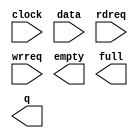
// megafunction wizard: %FIFO%VBB%
// GENERATION: STANDARD
// VERSION: WM1.0
// MODULE: scfifo 

// ============================================================
// Megafunction Name(s):
// 			scfifo
//
// Simulation Library Files(s):
// 			altera_mf
// ============================================================
// ************************************************************
// THIS IS A WIZARD-GENERATED FILE. DO NOT EDIT THIS FILE!
//
// 19.1.0 Build 670 09/22/2019 Patches 0.02std SJ Lite Edition
// ************************************************************

//Copyright (C) 2019  Intel Corporation. All rights reserved.
//Your use of Intel Corporation's design tools, logic functions 
//and other software and tools, and any partner logic 
//functions, and any output files from any of the foregoing 
//(including device programming or simulation files), and any 
//associated documentation or information are expressly subject 
//to the terms and conditions of the Intel Program License 
//Subscription Agreement, the Intel Quartus Prime License Agreement,
//the Intel FPGA IP License Agreement, or other applicable license
//agreement, including, without limitation, that your use is for
//the sole purpose of programming logic devices manufactured by
//Intel and sold by Intel or its authorized distributors.  Please
//refer to the applicable agreement for further details, at
//https://fpgasoftware.intel.com/eula.

module monitor_command_fifo (
	clock,
	data,
	rdreq,
	wrreq,
	empty,
	full,
	q);

	input	  clock;
	input	[31:0]  data;
	input	  rdreq;
	input	  wrreq;
	output	  empty;
	output	  full;
	output	[31:0]  q;

endmodule

// ============================================================
// CNX file retrieval info
// ============================================================
// Retrieval info: PRIVATE: AlmostEmpty NUMERIC "0"
// Retrieval info: PRIVATE: AlmostEmptyThr NUMERIC "-1"
// Retrieval info: PRIVATE: AlmostFull NUMERIC "0"
// Retrieval info: PRIVATE: AlmostFullThr NUMERIC "-1"
// Retrieval info: PRIVATE: CLOCKS_ARE_SYNCHRONIZED NUMERIC "1"
// Retrieval info: PRIVATE: Clock NUMERIC "0"
// Retrieval info: PRIVATE: Depth NUMERIC "256"
// Retrieval info: PRIVATE: Empty NUMERIC "1"
// Retrieval info: PRIVATE: Full NUMERIC "1"
// Retrieval info: PRIVATE: INTENDED_DEVICE_FAMILY STRING "Cyclone V"
// Retrieval info: PRIVATE: LE_BasedFIFO NUMERIC "0"
// Retrieval info: PRIVATE: LegacyRREQ NUMERIC "1"
// Retrieval info: PRIVATE: MAX_DEPTH_BY_9 NUMERIC "0"
// Retrieval info: PRIVATE: OVERFLOW_CHECKING NUMERIC "0"
// Retrieval info: PRIVATE: Optimize NUMERIC "2"
// Retrieval info: PRIVATE: RAM_BLOCK_TYPE NUMERIC "0"
// Retrieval info: PRIVATE: SYNTH_WRAPPER_GEN_POSTFIX STRING "1"
// Retrieval info: PRIVATE: UNDERFLOW_CHECKING NUMERIC "0"
// Retrieval info: PRIVATE: UsedW NUMERIC "0"
// Retrieval info: PRIVATE: Width NUMERIC "32"
// Retrieval info: PRIVATE: dc_aclr NUMERIC "0"
// Retrieval info: PRIVATE: diff_widths NUMERIC "0"
// Retrieval info: PRIVATE: msb_usedw NUMERIC "0"
// Retrieval info: PRIVATE: output_width NUMERIC "32"
// Retrieval info: PRIVATE: rsEmpty NUMERIC "1"
// Retrieval info: PRIVATE: rsFull NUMERIC "0"
// Retrieval info: PRIVATE: rsUsedW NUMERIC "0"
// Retrieval info: PRIVATE: sc_aclr NUMERIC "0"
// Retrieval info: PRIVATE: sc_sclr NUMERIC "0"
// Retrieval info: PRIVATE: wsEmpty NUMERIC "0"
// Retrieval info: PRIVATE: wsFull NUMERIC "1"
// Retrieval info: PRIVATE: wsUsedW NUMERIC "0"
// Retrieval info: LIBRARY: altera_mf altera_mf.altera_mf_components.all
// Retrieval info: CONSTANT: ADD_RAM_OUTPUT_REGISTER STRING "OFF"
// Retrieval info: CONSTANT: INTENDED_DEVICE_FAMILY STRING "Cyclone V"
// Retrieval info: CONSTANT: LPM_NUMWORDS NUMERIC "256"
// Retrieval info: CONSTANT: LPM_SHOWAHEAD STRING "OFF"
// Retrieval info: CONSTANT: LPM_TYPE STRING "scfifo"
// Retrieval info: CONSTANT: LPM_WIDTH NUMERIC "32"
// Retrieval info: CONSTANT: LPM_WIDTHU NUMERIC "8"
// Retrieval info: CONSTANT: OVERFLOW_CHECKING STRING "ON"
// Retrieval info: CONSTANT: UNDERFLOW_CHECKING STRING "ON"
// Retrieval info: CONSTANT: USE_EAB STRING "ON"
// Retrieval info: USED_PORT: clock 0 0 0 0 INPUT NODEFVAL "clock"
// Retrieval info: USED_PORT: data 0 0 32 0 INPUT NODEFVAL "data[31..0]"
// Retrieval info: USED_PORT: empty 0 0 0 0 OUTPUT NODEFVAL "empty"
// Retrieval info: USED_PORT: full 0 0 0 0 OUTPUT NODEFVAL "full"
// Retrieval info: USED_PORT: q 0 0 32 0 OUTPUT NODEFVAL "q[31..0]"
// Retrieval info: USED_PORT: rdreq 0 0 0 0 INPUT NODEFVAL "rdreq"
// Retrieval info: USED_PORT: wrreq 0 0 0 0 INPUT NODEFVAL "wrreq"
// Retrieval info: CONNECT: @clock 0 0 0 0 clock 0 0 0 0
// Retrieval info: CONNECT: @data 0 0 32 0 data 0 0 32 0
// Retrieval info: CONNECT: @rdreq 0 0 0 0 rdreq 0 0 0 0
// Retrieval info: CONNECT: @wrreq 0 0 0 0 wrreq 0 0 0 0
// Retrieval info: CONNECT: empty 0 0 0 0 @empty 0 0 0 0
// Retrieval info: CONNECT: full 0 0 0 0 @full 0 0 0 0
// Retrieval info: CONNECT: q 0 0 32 0 @q 0 0 32 0
// Retrieval info: GEN_FILE: TYPE_NORMAL monitor_command_fifo.v TRUE
// Retrieval info: GEN_FILE: TYPE_NORMAL monitor_command_fifo.inc FALSE
// Retrieval info: GEN_FILE: TYPE_NORMAL monitor_command_fifo.cmp FALSE
// Retrieval info: GEN_FILE: TYPE_NORMAL monitor_command_fifo.bsf TRUE
// Retrieval info: GEN_FILE: TYPE_NORMAL monitor_command_fifo_inst.v FALSE
// Retrieval info: GEN_FILE: TYPE_NORMAL monitor_command_fifo_bb.v TRUE
// Retrieval info: GEN_FILE: TYPE_NORMAL monitor_command_fifo_syn.v TRUE
// Retrieval info: LIB_FILE: altera_mf